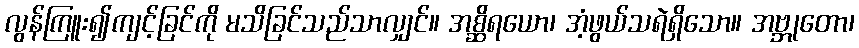
လွန်ကြူး၍ကျင့်ခြင်ကို မသိခြင်သည်သာလျှင်။ အစ္ဆိရယော၊ အံ့ဖွယ်သရဲရှိသော။ အဗ္ဘုတော၊